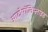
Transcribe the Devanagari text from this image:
आटोपॉलिप्लाइड